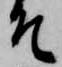
そ